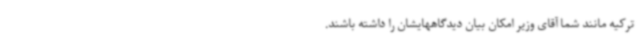
ترکیه مانند شما آقای وزیر امکان بیان دیدگاههایشان را داشته باشند.